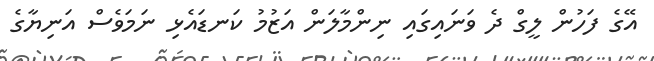
އޭގެ ފަހުން ލީގް ދެ ވަނައިގައި ނިންމާލަން އަޒުމު ކަނޑައެޅި ނަމަވެސް އަނިޔާގެ